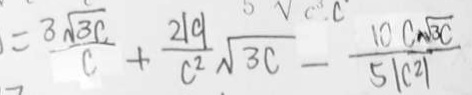
= \frac { 3 \sqrt { 3 0 } } { c } + \frac { 2 1 a } { c ^ { 2 } } \sqrt { 3 c } - \frac { 1 0 ( \sqrt { 3 0 } } { 5 1 c 2 }